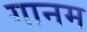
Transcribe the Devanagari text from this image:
गानम